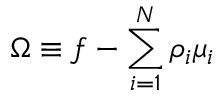
{ \Omega \equiv f - \sum _ { i = 1 } ^ { N } \rho _ { i } \mu _ { i } }